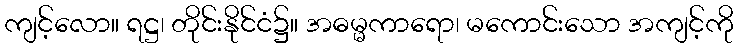
ကျင့်လော။ ရဋ္ဌ၊ တိုင်းနိုင်ငံ၌။ အဓမ္မကာရော၊ မကောင်းသော အကျင့်ကို